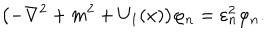
\bigl ( - \nabla ^ { 2 } + m ^ { 2 } + U _ { 1 } ( x ) \bigr ) \varphi _ { n } = \varepsilon _ { n } ^ { 2 } \varphi _ { n } .